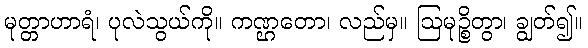
မုတ္တာဟာရံ၊ ပုလဲသွယ်ကို။ ကဏ္ဌတော၊ လည်မှ။ ဩမုဉ္စိတွာ၊ ချွတ်၍။